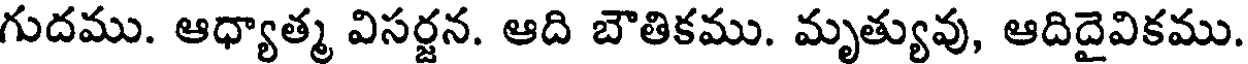
గుదము. ఆధ్యాత్మ విసర్జన. ఆది బౌతికము. మృత్యువు, ఆదిదైవికము.